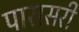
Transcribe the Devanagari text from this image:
पारासरी